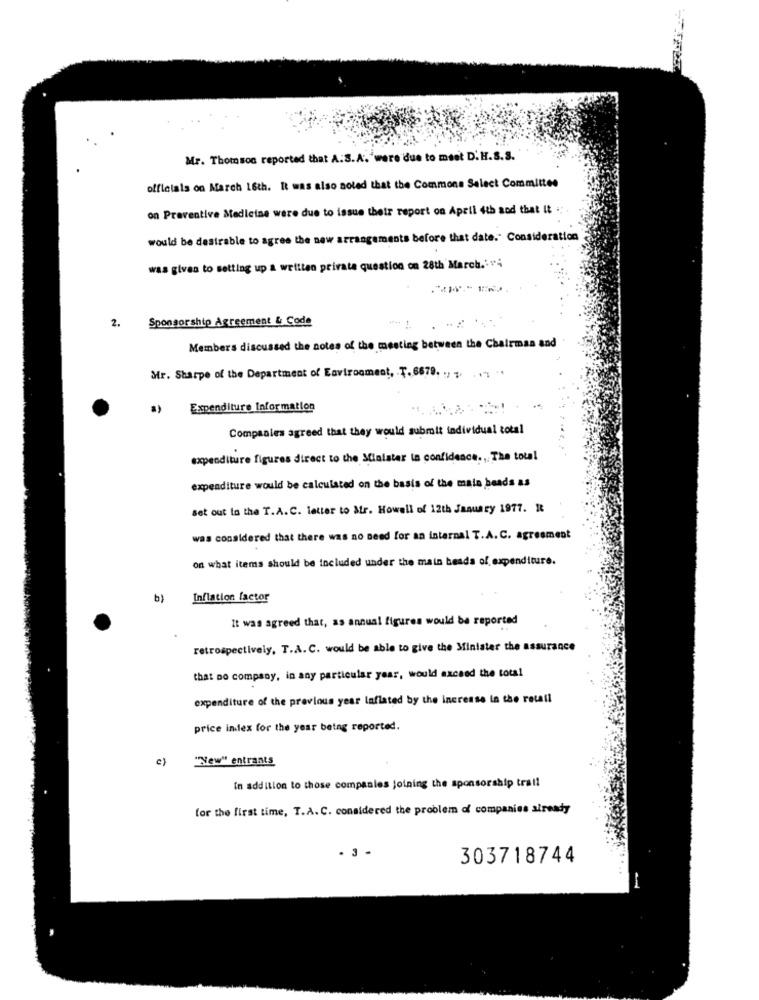
Mr. Thomson reported that A.S. A. were due to meet D.H.S.S.
officials on March 16th. It was also noted that the Commons Select Committee
on Preventive Medicine were due to issue their report on April 4th and that it .
would be desirable to agree the new arrangements before that date." Consideration
was given to setting up a written private question on 28th March.' ";
Sponsorship Agreement & Code
2.
Members discussed the notes of the meeting between the Chairman and
Mr. Sharpe of the Department of Environment, . T. 6679. .. . . .. ..
a)
Expenditure Information
Compaales agreed that they would submit individual total
expenditure figures direct to the Minister ta confidence ., The total
expenditure would be calculated on the basis of the main heads as
set out to the T.A. C. letter to air. Howell of 12th January 1977. It
was considered that there was no need for an internal T.A. C. agreement
on what items should be included under the main heada of expenditure.
b)
Inflation factor
It was agreed that, as annual figures would be reported
retrospectively, T.A. C. would be able to give the Minister the assurance
that no company, in any particular year, would exceed the total
expenditure of the previous year laflated by the increase in the retail
price index for the year being reported.
c)
"New" entrants
in addition to those companies joining the sponsorship trall
for the first time, T.A. C. considered the problem of companies already
- 3 -
303718744